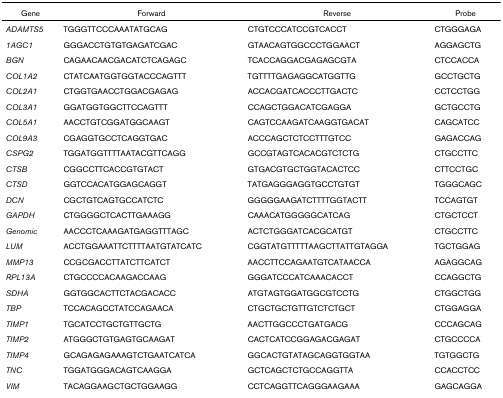
<table><thead><tr><td><b>Gene</b></td><td><b>Forward</b></td><td><b>Reverse</b></td><td><b>Probe</b></td></tr></thead><tbody><tr><td><i>ADAMTS5</i></td><td>TGGGTTCCCAAATATGCAG</td><td>CTGTCCCATCCGTCACCT</td><td>CTGGGAGA</td></tr><tr><td><i>1AGC1</i></td><td>GGGACCTGTGTGAGATCGAC</td><td>GTAACAGTGGCCCTGGAACT</td><td>AGGAGCTG</td></tr><tr><td><i>BGN</i></td><td>CAGAACAACGACATCTCAGAGC</td><td>TCACCAGGACGAGAGCGTA</td><td>CTCCACCA</td></tr><tr><td><i>COL1A2</i></td><td>CTATCAATGGTGGTACCCAGTTT</td><td>TGTTTTGAGAGGCATGGTTG</td><td>GCCTGCTG</td></tr><tr><td><i>COL2A1</i></td><td>CTGGTGAACCTGGACGAGAG</td><td>ACCACGATCACCCTTGACTC</td><td>CCTCCTGG</td></tr><tr><td><i>COL3A1</i></td><td>GGATGGTGGCTTCCAGTTT</td><td>CCAGCTGGACATCGAGGA</td><td>GCTGCCTG</td></tr><tr><td><i>COL5A1</i></td><td>AACCTGTCGGATGGCAAGT</td><td>CAGTCCAAGATCAAGGTGACAT</td><td>CAGCATCC</td></tr><tr><td><i>COL9A3</i></td><td>CGAGGTGCCTCAGGTGAC</td><td>ACCCAGCTCTCCTTTGTCC</td><td>GAGACCAG</td></tr><tr><td><i>CSPG2</i></td><td>TGGATGGTTTTAATACGTTCAGG</td><td>GCCGTAGTCACACGTCTCTG</td><td>CTGCCTTC</td></tr><tr><td><i>CTSB</i></td><td>CGGCCTTCACCGTGTACT</td><td>GTGACGTGCTGGTACACTCC</td><td>CTTCCTGC</td></tr><tr><td><i>CTSD</i></td><td>GGTCCACATGGAGCAGGT</td><td>TATGAGGGAGGTGCCTGTGT</td><td>TGGGCAGC</td></tr><tr><td><i>DCN</i></td><td>CGCTGTCAGTGCCATCTC</td><td>GGGGGAAGATCTTTTGGTACTT</td><td>TCCAGTGT</td></tr><tr><td><i>GAPDH</i></td><td>CTGGGGCTCACTTGAAAGG</td><td>CAAACATGGGGGCATCAG</td><td>CTGCTCCT</td></tr><tr><td><i>Genomic</i></td><td>AACCCTCAAAGATGAGGTTTAGC</td><td>ACTCTGGGATCACGCATGT</td><td>CTGCCTTC</td></tr><tr><td><i>LUM</i></td><td>ACCTGGAAATTCTTTTAATGTATCATC</td><td>CGGTATGTTTTTAAGCTTATTGTAGGA</td><td>TGCTGGAG</td></tr><tr><td><i>MMP13</i></td><td>CCGCGACCTTATCTTCATCT</td><td>AACCTTCCAGAATGTCATAACCA</td><td>AGAGGCAG</td></tr><tr><td><i>RPL13A</i></td><td>CTGCCCCACAAGACCAAG</td><td>GGGATCCCATCAAACACCT</td><td>CCAGGCTG</td></tr><tr><td><i>SDHA</i></td><td>GGTGGCACTTCTACGACACC</td><td>ATGTAGTGGATGGCGTCCTG</td><td>CTGGCTGG</td></tr><tr><td><i>TBP</i></td><td>TCCACAGCCTATCCAGAACA</td><td>CTGCTGCTGTTGTCTCTGCT</td><td>CTGGAGGA</td></tr><tr><td><i>TIMP1</i></td><td>TGCATCCTGCTGTTGCTG</td><td>AACTTGGCCCTGATGACG</td><td>CCCAGCAG</td></tr><tr><td><i>TIMP2</i></td><td>ATGGGCTGTGAGTGCAAGAT</td><td>CACTCATCCGGAGACGAGAT</td><td>CTGCCCCA</td></tr><tr><td><i>TIMP4</i></td><td>GCAGAGAGAAAGTCTGAATCATCA</td><td>GGCACTGTATAGCAGGTGGTAA</td><td>TGTGGCTG</td></tr><tr><td><i>TNC</i></td><td>TGGATGGGACAGTCAAGGA</td><td>GCTCAGCTCTGCCAGGTTA</td><td>CCACCTCC</td></tr><tr><td><i>VIM</i></td><td>TACAGGAAGCTGCTGGAAGG</td><td>CCTCAGGTTCAGGGAAGAAA</td><td>GAGCAGGA</td></tr></tbody></table>